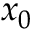
x _ { 0 }